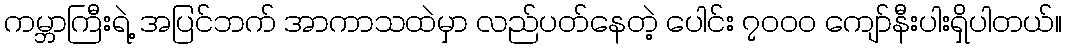
ကမ္ဘာကြီးရဲ့ အပြင်ဘက် အာကာသထဲမှာ လည်ပတ်နေတဲ့ ပေါင်း ၇၀၀၀ ကျော်နီးပါးရှိပါတယ်။